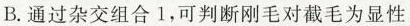
B.通过杂交组合1，可判断刚毛对截毛为显性